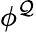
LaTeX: \phi^{\mathcal{Q}}